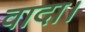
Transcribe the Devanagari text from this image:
वादा।